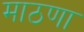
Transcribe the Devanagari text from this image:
माठणा